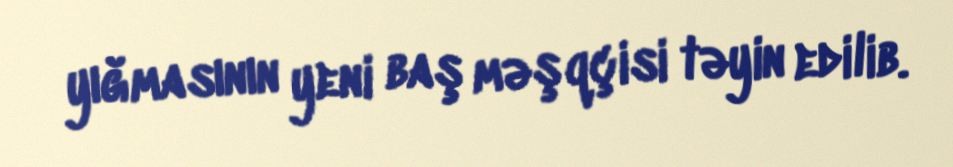
yığmasının yeni baş məşqçisi təyin edilib.